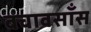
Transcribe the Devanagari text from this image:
बचावसाँस